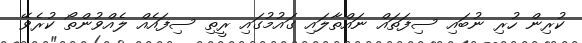
ކުރިން ހުރި ނުބައި ސިފަތައް ނައްތާލައި ގައުމުގައި ރީތި ސިފައެއް ލެއްވުންތޯ ކުރެވޭ